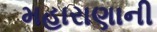
મહારાણાની